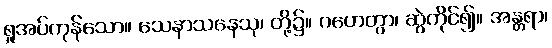
ရှုအပ်ကုန်သော။ သေနာသနေသု၊ တို့၌။ ဂဟေတွာ၊ ဆွဲကိုင်၍။ အန္တရာ၊